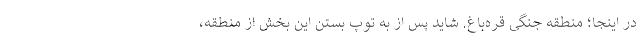
در اینجا؛ منطقه جنگی قره‌باغ. شاید پس از به توپ بستن این بخش از منطقه،